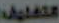
التغليف